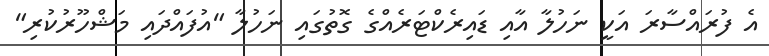
އެ ފުރައްސާރަ އަކީ ނަހުލާ އާއި ޑައިރެކްޓަރެއްގެ ގޮތުގައި ނަހުލާ "އުފައްދައި މަޝްހޫރުކުރި"